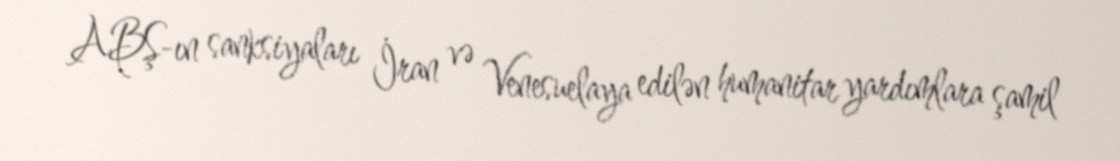
ABŞ-ın sanksiyaları İran və Venesuelaya edilən humanitar yardımlara şamil